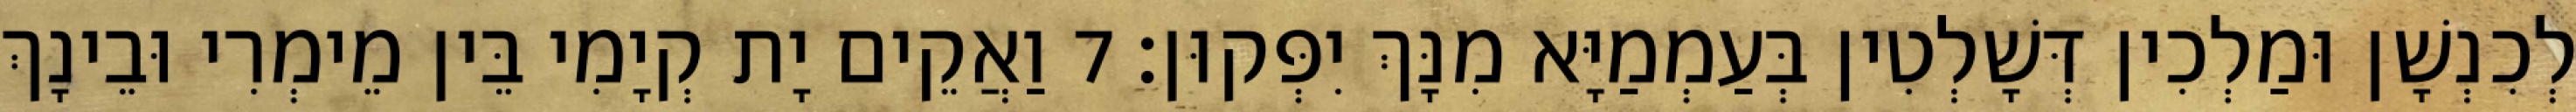
לְכִנְשָׁן וּמַלְכִין דְּשָׁלְטִין בְּעַמְמַיָּא מִנָּךְ יִפְּקוּן׃ 7 וַאֲקֵים יָת קְיָמִי בֵּין מֵימְרִי וּבֵינָךְ